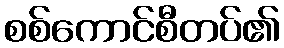
စစ်ကောင်စီတပ်၏